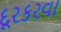
દૂરકરવા